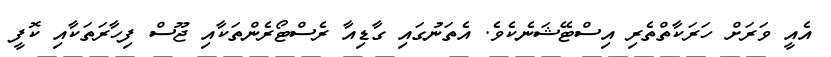
އެއީ ވަރަށް ހަރަކާތްތެރި އިސްޓޭޝަނެކެވެ. އެތަނުގައި ގާޑިއާ ރެސްޓޯރެންތަކާއި ޖޫސް ފިހާރަތަކާއި ކޮފީ